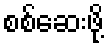
စစ်ဆေးဖို့